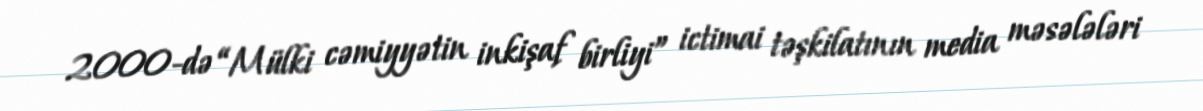
2000-də “Mülki cəmiyyətin inkişaf birliyi” ictimai təşkilatının media məsələləri